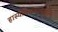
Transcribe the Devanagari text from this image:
हास्यचित्रकलेतील